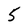
Character: 5